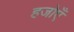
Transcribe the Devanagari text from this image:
हजोएँ